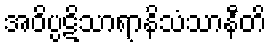
အဝိပ္ပဋိသာရာနိသံသာနီတိ